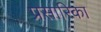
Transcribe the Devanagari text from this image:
प्रसारिका